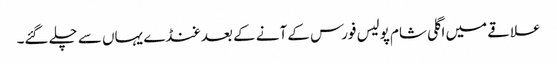
علاقے میں اگلی شام پولیس فورس کے آنے کے بعد غنڈے یہاں سے چلے گئے۔